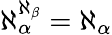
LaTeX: \aleph_{\alpha}^{\aleph_{\beta}}=\aleph_{\alpha}